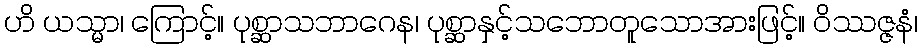
ဟိ ယသ္မာ၊ ကြောင့်။ ပုစ္ဆာသဘာဂေန၊ ပုစ္ဆာနှင့်သဘောတူသောအားဖြင့်။ ဝိဿဇ္ဇနံ၊